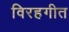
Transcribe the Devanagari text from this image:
विरहगीत